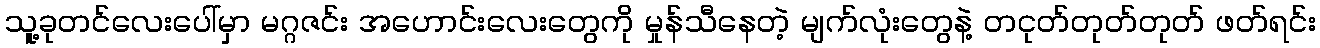
သူ့ခုတင်လေးပေါ်မှာ မဂ္ဂဇင်း အဟောင်းလေးတွေကို မှုန်သီနေတဲ့ မျက်လုံးတွေနဲ့ တငုတ်တုတ်တုတ် ဖတ်ရင်း